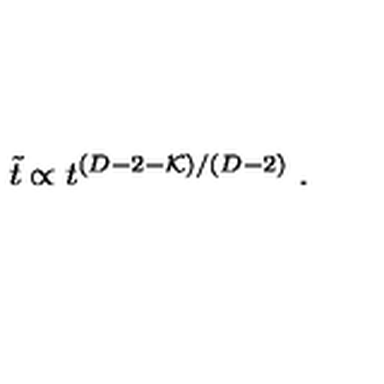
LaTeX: \tilde { t } \propto t ^ { ( D - 2 - { \cal K } ) / ( D - 2 ) } \ .